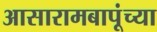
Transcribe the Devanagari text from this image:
आसारामबापूंच्या